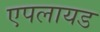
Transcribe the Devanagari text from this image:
एपलायड